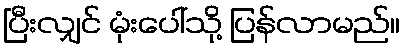
ပြီးလျှင် မုံးပေါ်သို့ ပြန်လာမည်။